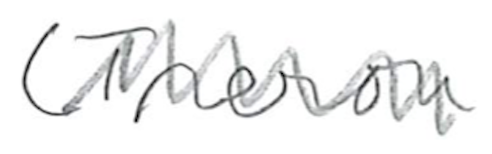
Text: (Treron
Cross-out: mix
Writing tool: pencil